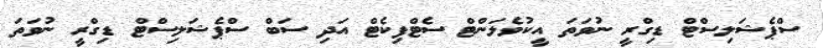
ސްޕެޝަލިސްޓް ޑިގްރީ ނުވަތަ އީކުވެލަންޓް ސެޓްފިކެޓް އަދި ސަބް ސްޕެޝަލިސްޓް ޑިގްރީ ނުވަތަ